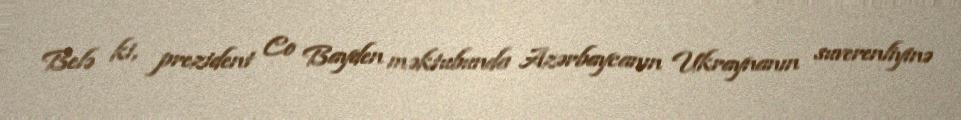
Belə ki, prezident Co Bayden məktubunda Azərbaycanın Ukraynanın suverenliyinə